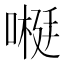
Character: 𫫕